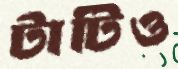
টাটিও